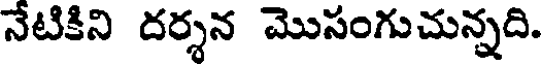
నేటికిని దర్శన మొసంగుచున్నది.